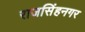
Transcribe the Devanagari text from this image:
राजसिंहनगर